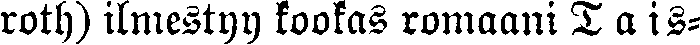
roth) ilmestyy kookas romaani T a is-